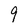
Character: 9